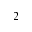
_ 2